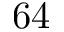
6 4